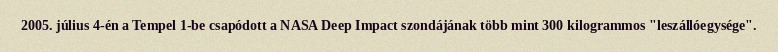
2005. július 4-én a Tempel 1-be csapódott a NASA Deep Impact szondájának több mint 300 kilogrammos "leszállóegysége".